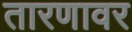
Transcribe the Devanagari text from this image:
तारणावर